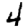
Digit: 4